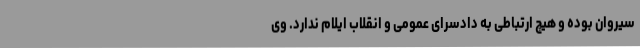
سیروان بوده و هیچ ارتباطی به دادسرای عمومی و انقلاب ایلام ندارد. وی